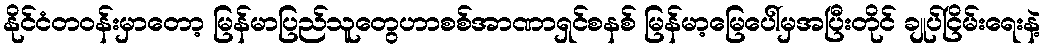
နိုင်ငံတဝန်းမှာတော့ မြန်မာပြည်သူတွေဟာစစ်အာဏာရှင်စနစ် မြန်မာ့မြေပေါ်မှအပြီးတိုင် ချုပ်ငြိမ်းရေးနဲ့